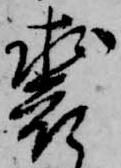
裘